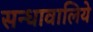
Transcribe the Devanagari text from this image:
सन्धावालिये